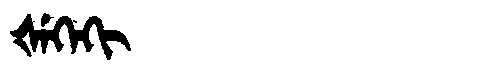
Manchu: ᡧᡝᡴᡝᡴᡳ
Romanization: ŠEKEKI